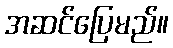
အဆင်ပြေမည်။